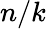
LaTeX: n/k